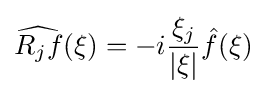
{\widehat {R_{j}f}}(\xi )=-i{\frac {\xi _{j}}{|\xi |}}{\hat {f}}(\xi )